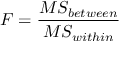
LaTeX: F = { \frac { M S _ { b e t w e e n } } { M S _ { w i t h i n } } }